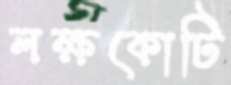
লক্ষকোটি